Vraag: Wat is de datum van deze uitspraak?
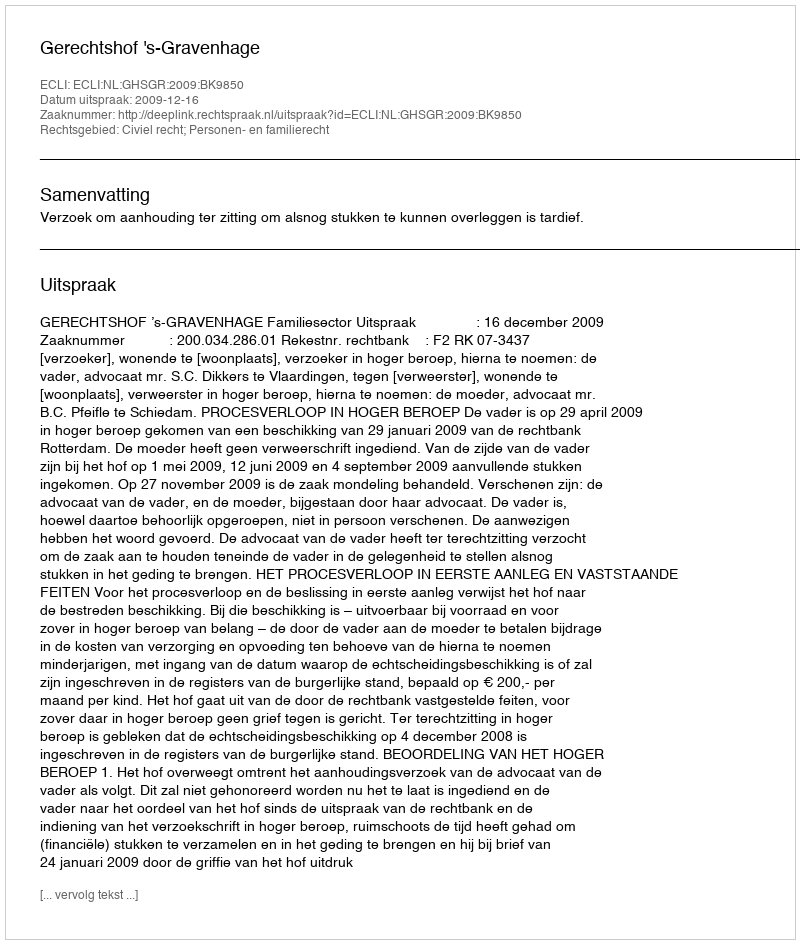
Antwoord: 2009-12-16